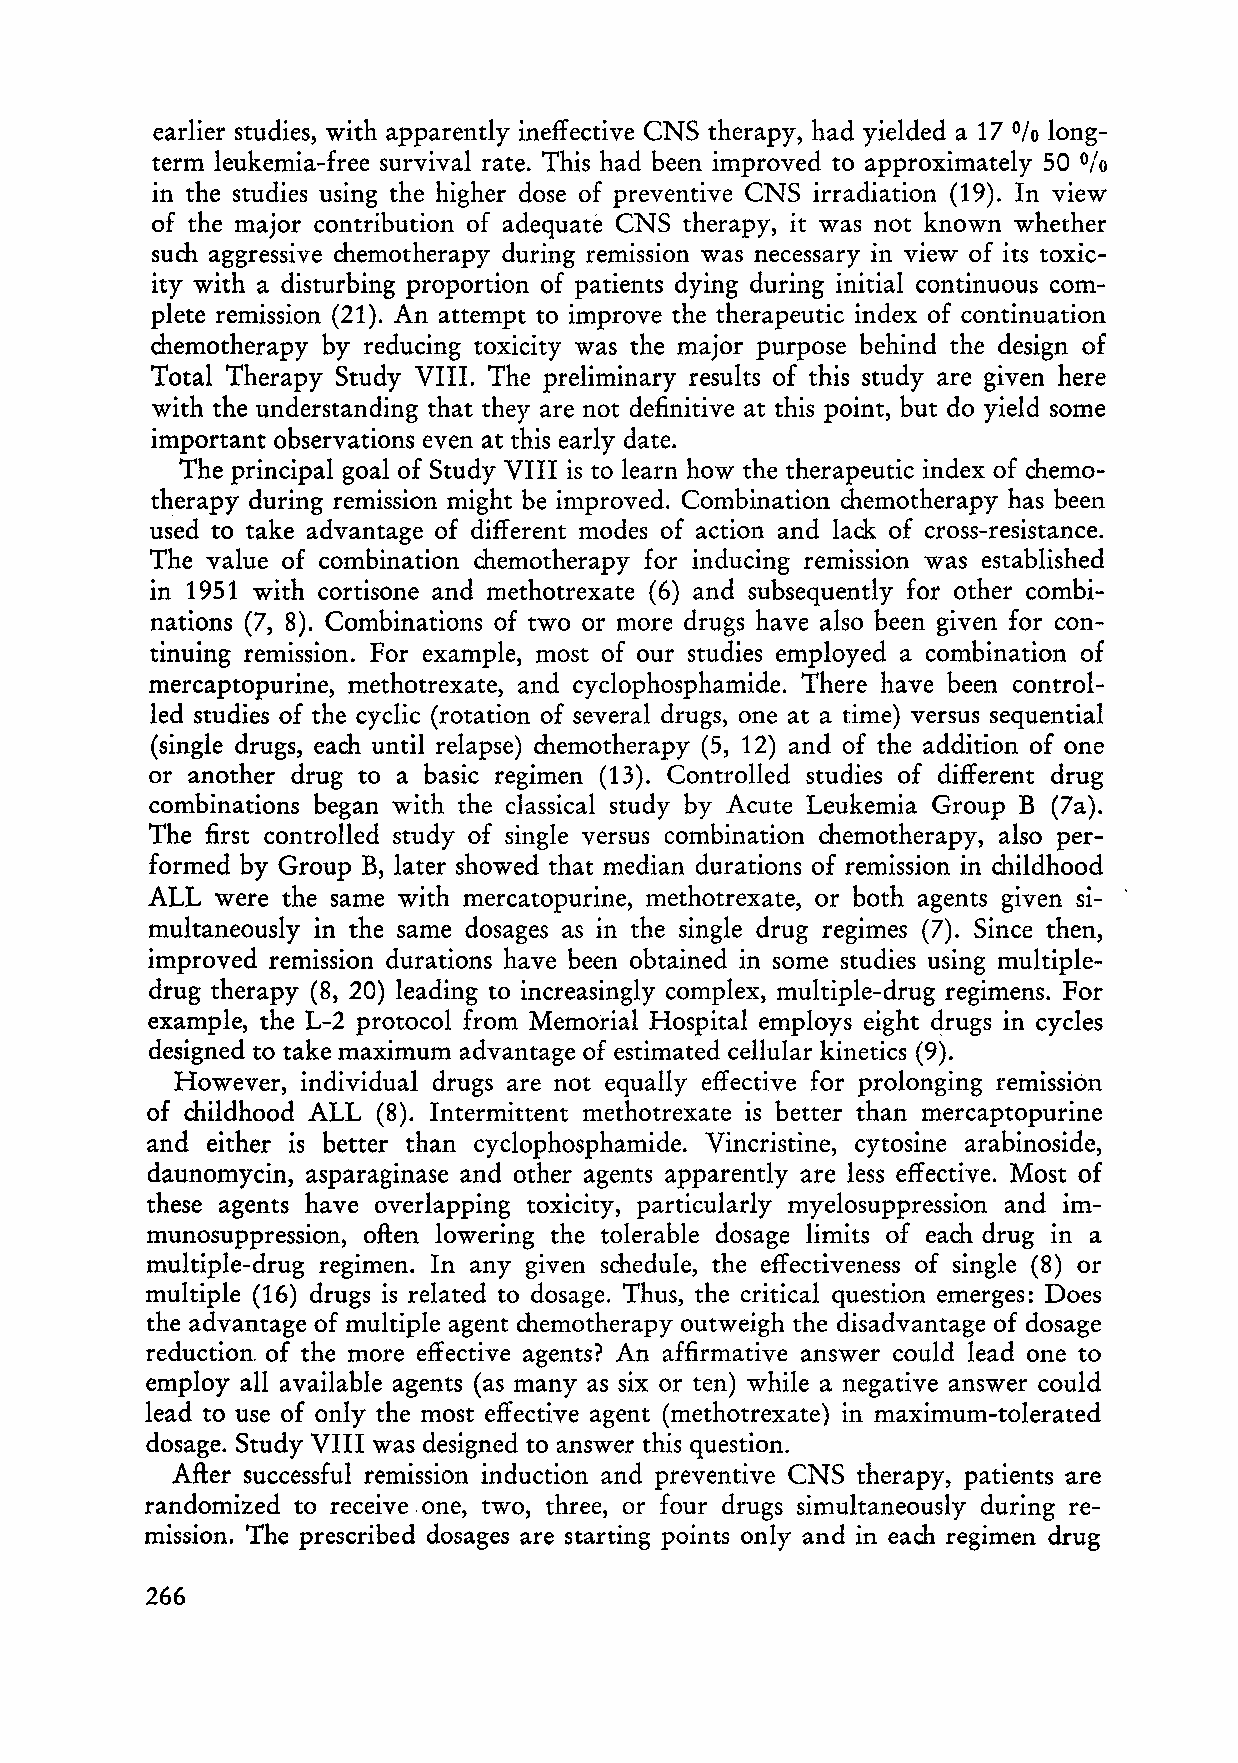
earlier studies, with apparently ineffective CNS therapy, had yielded a 17 long
 %
 term leukemia-free survival rate. This had been improved to approximately 50
 0/0
 in the studies using the higher dose of preventive CNS irradiation (19). In view
 of the major contribution of adequate CNS therapy, it was not known whether
 such aggressive chemotherapy during remission was necessary in view of its toxic
 ity with a disturbing proportion of patients dying during initial continuous com
 plete remission (21). An attempt to improve the therapeutic index of continuation
 chemotherapy by reducing toxicity was the major purpose behind the design of
 Total Therapy Study VIII. The preliminary results of this study are given here
 with the understanding that they are not definitive at this point, but do yield some
 important observations even at this early date.
 The principal goal of Study VIII is to learn how the therapeutic index of chemo
 therapy during remission might be improved. Combination chemotherapy has been
 used to take advantage of different modes of action and lack of cross-resistance.
 The value of combination chemotherapy for inducing remission was established
 in 1951 with cortisone and methotrexate (6) and subsequently for other combi
 nations (7, 8). Combinations of two 01' more drugs have also been given for con
 tinuing remission. For example, most of our studies employed a combination of
 mercaptopurine, methotrexate, and cyclophosphamide. There have been control
 led studies of the cyclic (rotation of several drugs, one at a time) versus sequential
 (single drugs, each until relapse) chemotherapy (5, 12) and of the addition of one
 or another drug to a basic regimen (13). Controlled studies of different drug
 combinations began with the classical study by Acute Leukemia Group B (7a).
 The first controlled study of single versus combination chemotherapy, also per
 formed by Group B, later showed that median durations of remission in childhood
 ALL were the same with mercatopurine, methotrexate, or both agents given si
 multaneously in the same dosages as in the single drug regimes (7). Since then,
 improved remission durations have been obtained in some studies using multiple
 drug therapy (8, 20) leading to increasingly complex, multiple-drug regimens. For
 example, the L-2 protocol from Memorial Hospital employs eight drugs in cycles
 designed to take maximum advantage of estimated cellular kinetics (9).
 However, individual drugs are not equally effective for prolonging remission
 of childhood ALL (8). Intermittent methotrexate is better than mercaptopurine
 and either is better than cyclophosphamide. Vincristine, cytosine arabinoside,
 daunomycin, asparaginase and other agents apparently are less effective. Most of
 these agents have overlapping toxicity, particularly myelosuppression and im
 munosuppression, often lowering the tolerable dosage limits of each drug in a
 multiple-drug regimen. In any given schedule, the effectiveness of single (8) or
 multiple (16) drugs is related to dosage. Thus, the critical question emerges: Does
 the advantage of multiple agent chemotherapy outweigh the disadvantage of dosage
 reduction. of the more effective agents? An affirmative answer could lead one to
 employ all available agents (as many as six or ten) while a negative answer could
 lead to use of only the most effective agent (methotrexate) in maximum-tolerated
 dosage. Study VIII was designed to answer this question.
 After successful remission induction and preventive CNS therapy, patients are
 randomized to receive. one, two, three, or four drugs simultaneously during re
 mission. The prescribed dosages are starting points only and in each regimen drug
 266